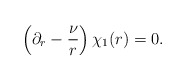
\begin{align*}\left(\partial_r -\frac{\nu}{r}\right)\chi_1(r)=0.\end{align*}